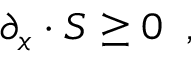
\partial _ { x } \cdot S \geq 0 \; \; ,